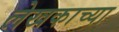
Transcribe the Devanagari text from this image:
लेखकाच्‍या